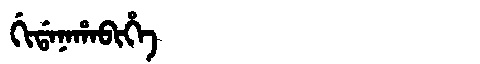
Manchu: ᡤᡳᡩᠠᠨᠠᡥᠠᠪᡳᡥᡝ
Romanization: GIDANAHABIHE